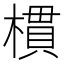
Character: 樌